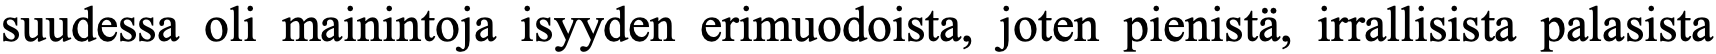
suudessa oli mainintoja isyyden erimuodoista, joten pienistä, irrallisista palasista